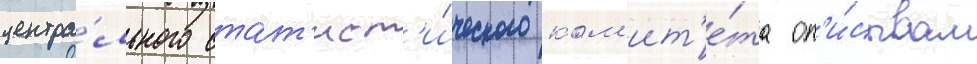
центра́льного стат'ист'и́ческого ком'ит'е́та оп'и́сывал